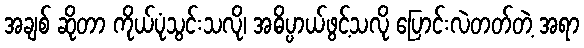
အချစ် ဆိုတာ ကိုယ်ပုံသွင်းသလို၊ အဓိပ္ပာယ်ဖွင့်သလို ပြောင်းလဲတတ်တဲ့ အရာ